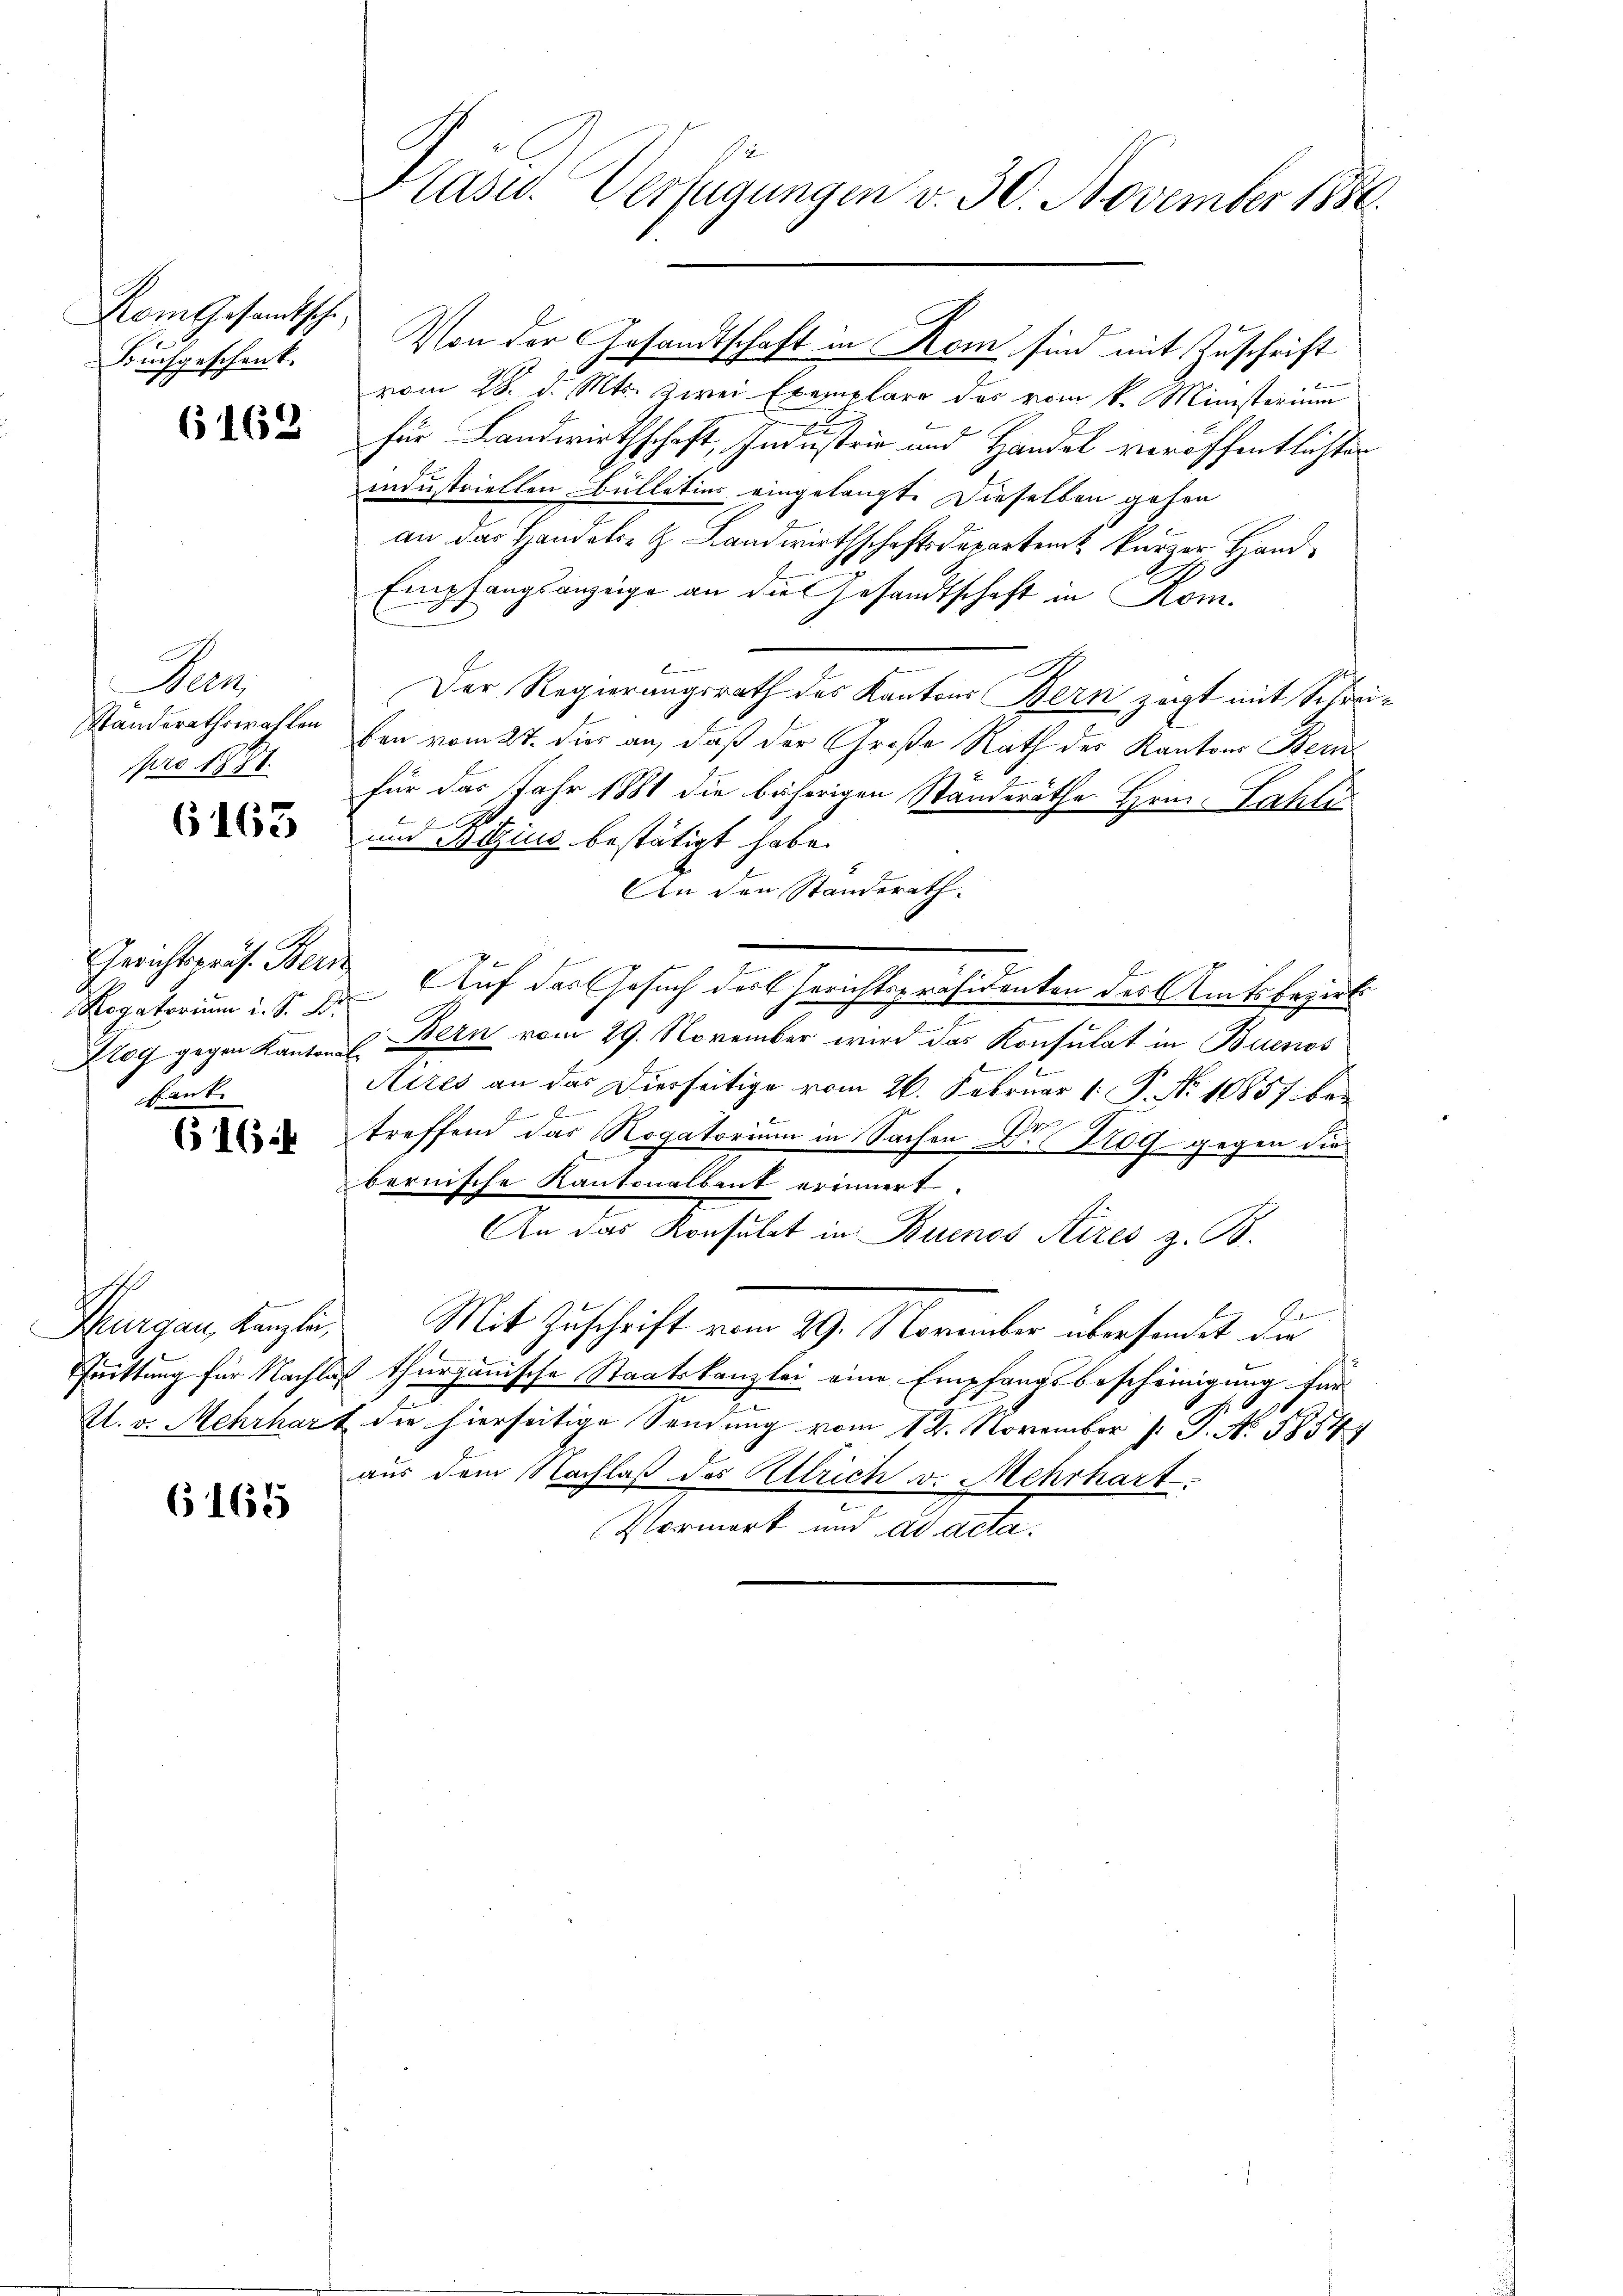
Kom Gesandtsches
Buchgeschenk.

6162

Man
Standerathswahlen
pro 1881.

6163

Rogatorium d. S. Dr.
sank.

616

Thurgau, Kanzlei,
Quittung für Nachte

6165

Kasid. Verfügungen v. 30. November 1886.

Von der Gesandtschaft in Rom sind mit Zuschrift
vom 28. d. Mts. zwei Exemplare das vom k. Ministerium
für Landwirthschaft, Industria und Handel veröffentlichsen
industriellen Bulletins eingelangt. Dieselben gehen
an das Handele H. Landwirthschaftsdepartem kurzer Hand¬
Empfangsanzeige an die Gesandtschaft in Rom.
Der Regierungsrath des Kantons Bern zeigt mit Schreiben vom 27. dies an, daß der Große Rath des Kantons Bern
für das Jahr 1881 die bäherigen Standeräthe Hrn. Sahli
E

und Bitzius bestätigt habe.
An den Standerath.
Gerichtspräs. Bern Auf das Gesuch der Gerichtspräsidenten der Amtsbezirk
f
.
Alog gegen Kantons Bern vom 29. November wird das Konsulat in Buenos
E
1
Aires an das Diesseitige vom 26. Februar 1. P. No 10857 bei

1
treffend das Rogatorium in Sachen u. Hof gegen die
bernische Kantonalbaut erinnert.
An das Konsulat in Buenos Aires z. B.
Mit Zuschrift vom 29. November übersendet die
as thurgauische Staatskanzlei eine Empfangsbescheinigung für
Kl. v. Mehrhart die hierseitige Sendung vom 12. November p. P. No. 1854
aus dem Nachlaß des Attrich v. Mehrhart.
Vormerk und ad acta.